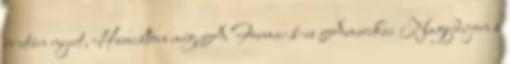
év után nyert, Hamilton még.A Forma-1-es Amerikai Nagydíjon a